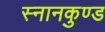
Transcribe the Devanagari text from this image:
स्‍नानकुण्‍ड